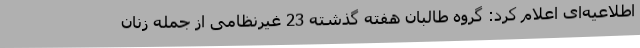
اطلاعیه‌ای اعلام کرد: گروه طالبان هفته گذشته 23 غیرنظامی از جمله زنان